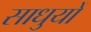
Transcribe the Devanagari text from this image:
साधुयों